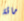
مائة